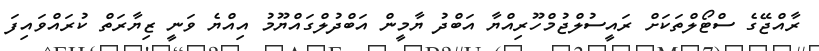
ރާއްޖޭގެ ސްޓޯލްތަކަށް ރައީސުލްޖުމްހޫރިއްޔާ އަބްދު ޔާމީން އަބްދުލްގައްޔޫމު އިއްޔެ ވަނީ ޒިޔާރަތް ކުރައްވައިފަ